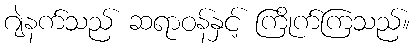
ဂျဲနက်သည် ဆရာဝန်နှင့် ကြိုက်ကြသည်။